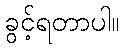
ခွင့်ရတာပါ။